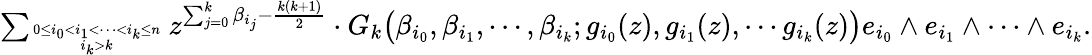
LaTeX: \begin{array}{r}{\sum_{0\le i_{0}<i_{1}<\cdots<i_{k}\le n\atop i_{k}>k}z^{\sum_{j=0}^{k}\beta_{i_{j}}-\frac{k(k+1)}{2}}\cdot G_{k}\big(\beta_{i_{0}},\beta_{i_{1}},\cdots,\beta_{i_{k}};g_{i_{0}}(z),g_{i_{1}}(z),\cdots g_{i_{k}}(z)\big)e_{i_{0}}\wedge e_{i_{1}}\wedge\cdots\wedge e_{i_{k}}.}\end{array}